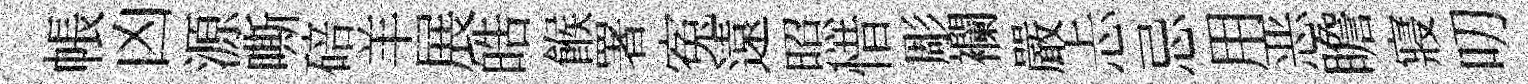
帳凶源嘶碚羊展皓餱署寃遠照惜彫襴嚴忐忌用恶瞻寢叨